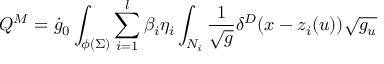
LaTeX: Q ^ { M } = \dot { g } _ { 0 } \int _ { \phi ( \Sigma ) } \sum _ { i = 1 } ^ { l } \beta _ { i } \eta _ { i } \int _ { N _ { i } } \frac 1 { \sqrt { g } } \delta ^ { D } ( x - z _ { i } ( u ) ) \sqrt { g _ { u } }